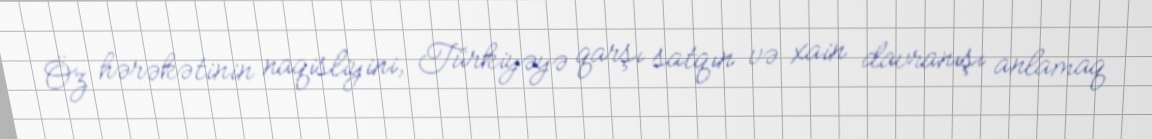
Öz hərəkətinin naqisliyini, Türkiyəyə qarşı satqın və xain davranışı anlamaq